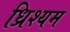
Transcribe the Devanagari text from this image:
ध्रिश्यम